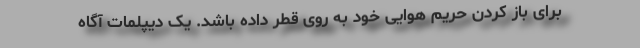
برای باز کردن حریم هوایی خود به روی قطر داده باشد. یک دیپلمات آگاه